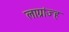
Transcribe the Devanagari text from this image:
लाग्रांज्ह